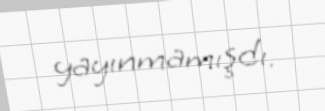
yayınmamışdı.